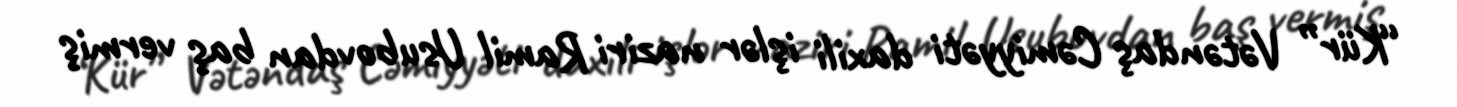
“Kür” Vətəndaş Cəmiyyəti daxili işlər naziri Ramil Usubovdan baş vermiş